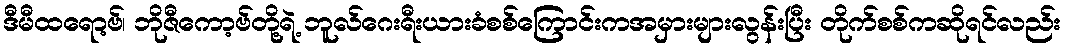
ဒီမီထရော့ဗ်၊ ဘိုဇီကော့ဗ်တို့ရဲ့ ဘူလ်ဂေးရီးယားခံစစ်ကြောင်းကအမှားများလွန်းပြီး တိုက်စစ်ကဆိုရင်လည်း